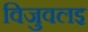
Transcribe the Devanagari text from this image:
विजुवलइ